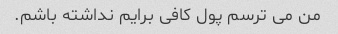
من می ترسم پول کافی برایم نداشته باشم.